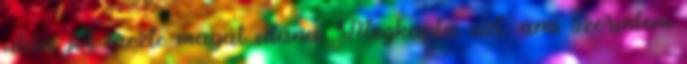
után, jól érezte magát utána. Megkapta azt, ami szerintem